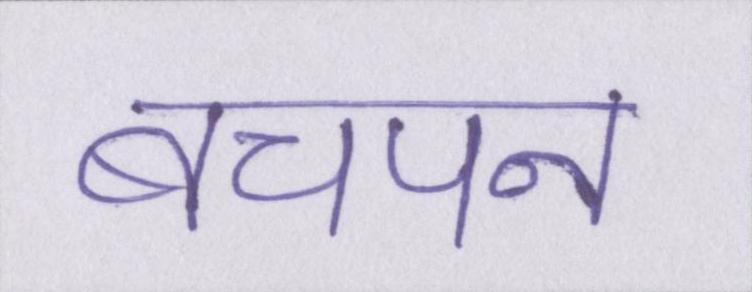
बचपन